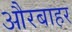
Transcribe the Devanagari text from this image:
औरबाहर